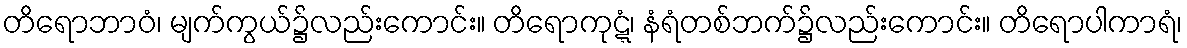
တိရောဘာဝံ၊ မျက်ကွယ်၌လည်းကောင်း။ တိရောကုဋ္ဋံ၊ နံရံတစ်ဘက်၌လည်းကောင်း။ တိရောပါကာရံ၊